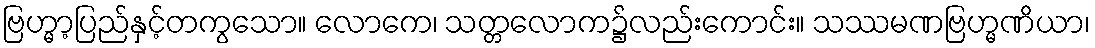
ဗြဟ္မာ့ပြည်နှင့်တကွသော။ လောကေ၊ သတ္တလောက၌လည်းကောင်း။ သဿမဏဗြဟ္မဏိယာ၊